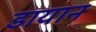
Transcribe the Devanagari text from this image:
डायान